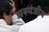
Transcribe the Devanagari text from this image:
अस्पंजीय